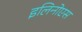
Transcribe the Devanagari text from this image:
इलिनोएस